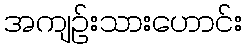
အကျဉ်းသားဟောင်း